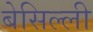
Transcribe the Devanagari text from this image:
बेसिल्ली